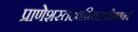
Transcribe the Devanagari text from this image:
प्राणेशस्तदवनिधराधीशतनये